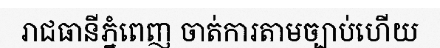
រាជធានីភ្នំពេញ ចាត់ការតាមច្បាប់ហើយ